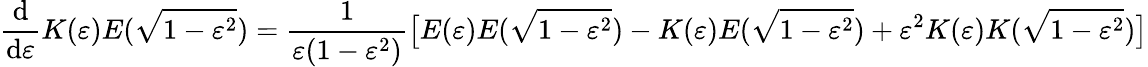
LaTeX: {\frac{\mathrm{d}}{\mathrm{d}\varepsilon}}K(\varepsilon)E({\sqrt{1-\varepsilon^{2}}})={\frac{1}{\varepsilon(1-\varepsilon^{2})}}{\bigl[}E(\varepsilon)E({\sqrt{1-\varepsilon^{2}}})-K(\varepsilon)E({\sqrt{1-\varepsilon^{2}}})+\varepsilon^{2}K(\varepsilon)K({\sqrt{1-\varepsilon^{2}}}){\bigr]}